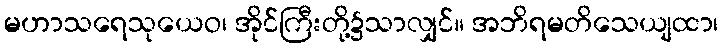
မဟာသရေသုယေဝ၊ အိုင်ကြီးတို့၌သာလျှင်။ အဘိရမတိသေယျထာ၊